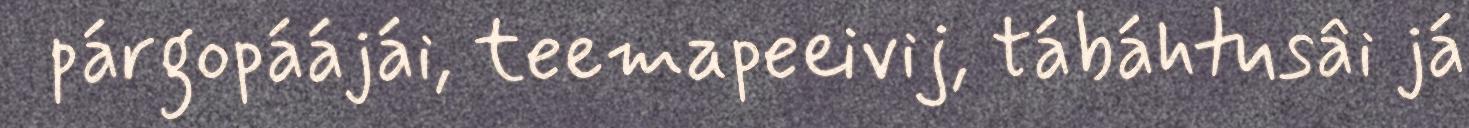
párgopáájái, teemapeeivij, tábáhtusâi já